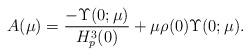
LaTeX: \begin{align*} A(\mu)=\dfrac{-\Upsilon(0;\mu)}{H_p^3(0)}+\mu \rho(0) \Upsilon(0;\mu).\end{align*}